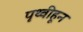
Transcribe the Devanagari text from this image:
पृथ्वीहून